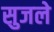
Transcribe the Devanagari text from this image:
सुजले